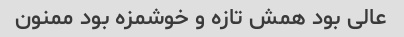
عالی بود همش تازه و خوشمزه بود ممنون